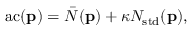
\mathrm { a c } ( \mathbf { p } ) = \bar { N } ( \mathbf { p } ) + \kappa N _ { \mathrm { s t d } } ( \mathbf { p } ) ,